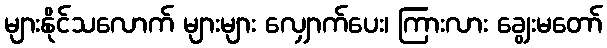
များနိုင်သလောက် များများ လျှောက်ပေး၊ ကြားလား ချွေးမတော်